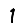
Digit: 1